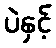
ပဲနှင့်